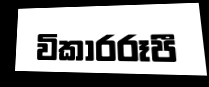
විකාරරූපී